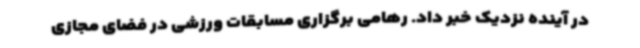
در آینده نزدیک خبر داد. رهامی برگزاری مسابقات ورزشی در فضای مجازی